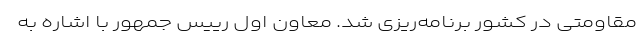
مقاومتی در کشور برنامه‌ریزی شد. معاون اول رییس جمهور با اشاره به